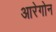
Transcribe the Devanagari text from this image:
आरेगोन